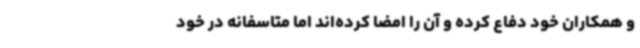
و همکاران خود دفاع کرده و آن را امضا کرده‌اند اما متاسفانه در خود